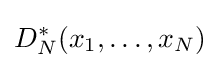
D_{N}^{*}(x_{1},\ldots ,x_{N})